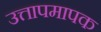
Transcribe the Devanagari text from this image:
उत्तापमापक